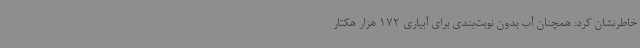
خاطرنشان کرد: همچنان آب بدون نوبت‌بندی برای آبیاری 172 هزار هکتار